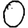
Digit: 0